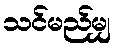
သင်မည်မျှ